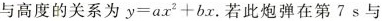
与高度的关系为$$y = a x ^ { 2 } + b x$$.若此炮弹在第7 s与